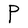
Character: P